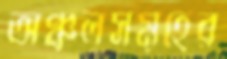
অঞ্চলসমূহের